Annual report of the Civil Veterinary Department, Bengal, for the year 1897-98 - 1897-1898
Year: 1897
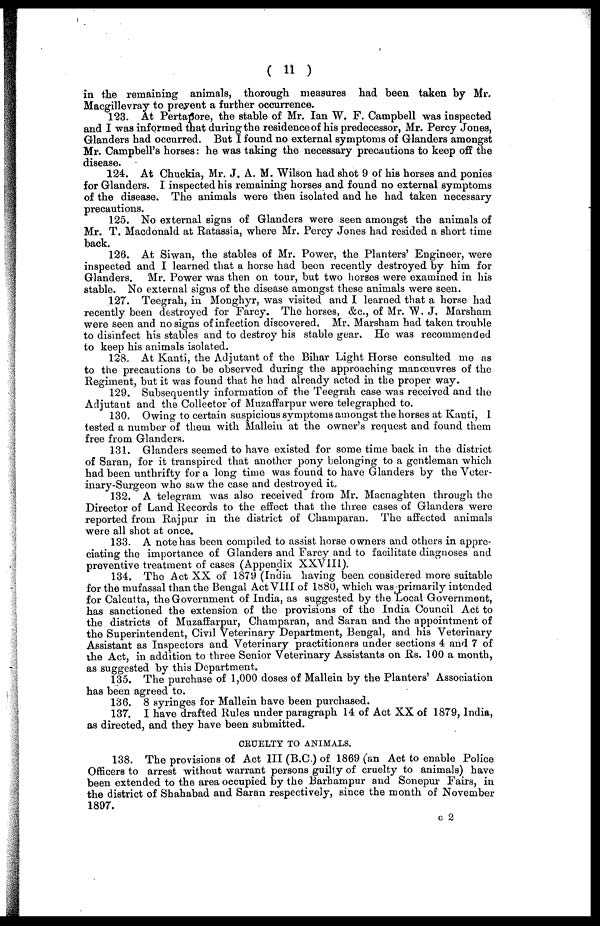
( 11 )
in the remaining animals, thorough measures had been taken by Mr.
Macgillevray to prevent a further occurrence.
123. At Pertapore, the stable of Mr. Ian W. F. Campbell was inspected
and I was informed that during the residence of his predecessor, Mr. Percy Jones,
Glanders had occurred. But I found no external symptoms of Glanders amongst
Mr. Campbell's horses: he was taking the necessary precautions to keep off the
disease.
124. At Chuckia, Mr. J. A. M. Wilson had shot 9 of his horses and ponies
for Glanders. I inspected his remaining horses and found no external symptoms
of the disease. The animals were then isolated and he had taken necessary
precautions.
125. No external signs of Glanders were seen amongst the animals of
Mr. T. Macdonald at Ratassia, where Mr. Percy Jones had resided a short time
back.
126. At Siwan, the stables of Mr. Power, the Planters' Engineer, were
inspected and I learned that a horse had been recently destroyed by him for
Glanders.
Mr. Power was then on tour, but two horses were examined in his
stable. No external signs of the disease amongst these animals were seen.
127. Teegrah, in Monghyr, was visited and I learned that a horse had
recently been destroyed for Farcy. The horses, &c., of Mr. W. J. Marsham
were seen and no signs of infection discovered. Mr. Marsham had taken trouble
to disinfect his stables and to destroy his stable gear. He was recommended
to keep his animals isolated,
128. At Kanti, the Adjutant of the Bihar Light Horse consulted me as
to the precautions to be observed during the approaching manœuvres of the
Regiment, but it was found that he had already acted in the proper way.
129. Subsequently information of the Teegrah case was received and the
Adjutant and the Collector of Muzaffarpur were telegraphed to.
130. Owing to certain suspicious symptoms amongst the horses at Kanti, I
tested a number of them with Mallein at the owner's request and found them
free from Glanders.
131. Glanders seemed to have existed for some time back in the district
of Saran, for it transpired that another pony belonging to a gentleman which
had been unthrifty for a long time was found to have Glanders by the Veter-
inary-Surgeon who saw the case and destroyed it.
132. A telegram was also received from Mr. Macnaghten through the
Director of Land Records to the effect that the three cases of Glanders were
reported from Rajpur in the district of Champaran. The affected animals
were all shot at once.
133. A note has been compiled to assist horse owners and others in appre-
ciating the importance of Glanders and Farcy and to facilitate diagnoses and
preventive treatment of cases (Appendix XXVIII).
134. The Act XX of 1879 (India having been considered more suitable
for the mufassal than the Bengal Act VIII of 1880, which was primarily intended
for Calcutta, the Government of India, as suggested by the Local Government,
has sanctioned the extension of the provisions of the India Council Act to
the districts of Muzaffarpur, Champaran, and Saran and the appointment of
the Superintendent, Civil Veterinary Department, Bengal, and his Veterinary
Assistant as Inspectors and Veterinary practitioners under sections 4 and 7 of
the Act, in addition to three Senior Veterinary Assistants on Rs. 100 a month,
as suggested by this Department.
135. The purchase of 1,000 doses of Mallein by the Planters' Association
has been agreed to.
136. 8 syringes for Mallein have been purchased.
137. I have drafted Rules under paragraph 14 of Act XX of 1879, India,
as directed, and they have been submitted.
CRUELTY TO ANIMALS.
138. The provisions of Act III (B.C.) of 1869 (an Act to enable Police
Officers to arrest without warrant persons guilty of cruelty to animals) have
been extended to the area occupied by the Barhampur and Sonepur Fairs, in
the district of Shahabad and Saran respectively, since the month of November
1897.
c 2